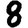
Digit: 8